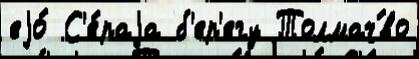
еjо́ С'е́раjа б'ер'егу Толмач́во